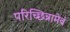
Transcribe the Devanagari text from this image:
परिच्छिन्नामेवं